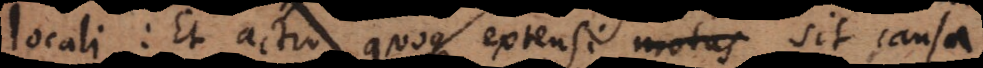
locali: Et actio quoque extensi motus sit causa